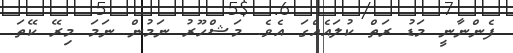
ފެންނާނީ މަޑު ރަތް ކުލައެއްގަ އެވެ. މަޝްހޫރު ނަމުން ނަމަ މިރޭ ކޭތަ